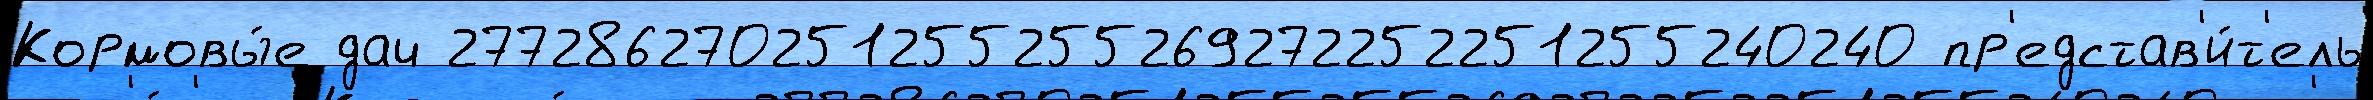
Кормовы́е дач 277286270251255255269272252251255240240 пр'едстав'и́т'ель